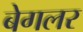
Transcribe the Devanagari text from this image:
बेगलर